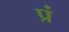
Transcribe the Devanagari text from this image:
प्रं